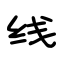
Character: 线